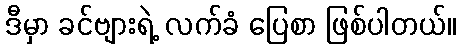
ဒီမှာ ခင်ဗျားရဲ့ လက်ခံ ပြေစာ ဖြစ်ပါတယ်။